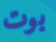
بوت